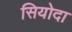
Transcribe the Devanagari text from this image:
सियोदा